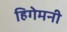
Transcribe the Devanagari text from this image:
हिगेमनी